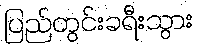
ပြည်တွင်းခရီးသွား